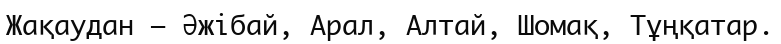
Жақаудан – Әжібай, Арал, Алтай, Шомақ, Тұңқатар.